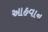
આહવાન